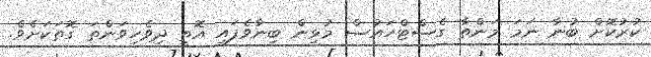
ކުރުކޮށް ބުނާ ނަމަ މަންތާ ގެސްޓްހައުސް މުޅިން ބިނާވެފައި އޮތީ ދިވެހިވަންތަ ގޮތަކަށެވެ.